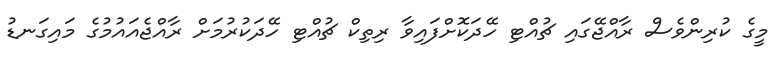
މީގެ ކުރިންވެސް ރާއްޖޭގައި ޗުއްޓި ހޭދަކޮށްފައިވާ ރިތިކް ޗުއްޓި ހޭދަކުރުމަށް ރާއްޖެއައުމުގެ މައިގަނޑު